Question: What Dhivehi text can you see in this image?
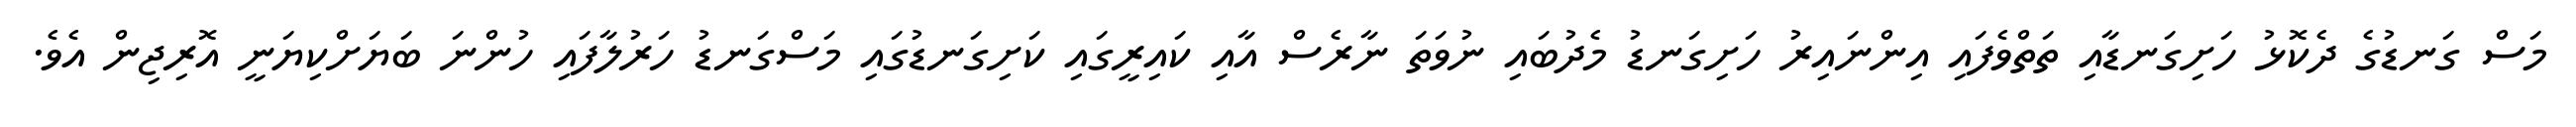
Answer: މަސް ގަނޑުގެ ދެކޮޅު ހަށިގަނޑާއި ތަތްވެފައި އިންނައިރު ހަށިގަނޑު މެދުބައި ނުވަތަ ނާރެސް އާއި ކައިރީގައި ކަށިގަނޑުގައި މަސްގަނޑު ހަރުލާފައި ހުންނަ ބަޔަށްކިޔަނީ އޮރިޖިން އެވެ.